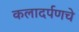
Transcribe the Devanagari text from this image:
कलादर्पणचे